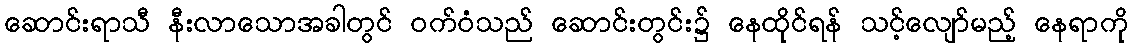
ဆောင်းရာသီ နီးလာသောအခါတွင် ဝက်ဝံသည် ဆောင်းတွင်း၌ နေထိုင်ရန် သင့်လျော်မည့် နေရာကို